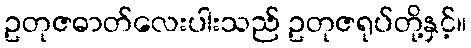
ဥတုဇဓာတ်လေးပါးသည် ဥတုဇရုပ်တို့နှင့်။